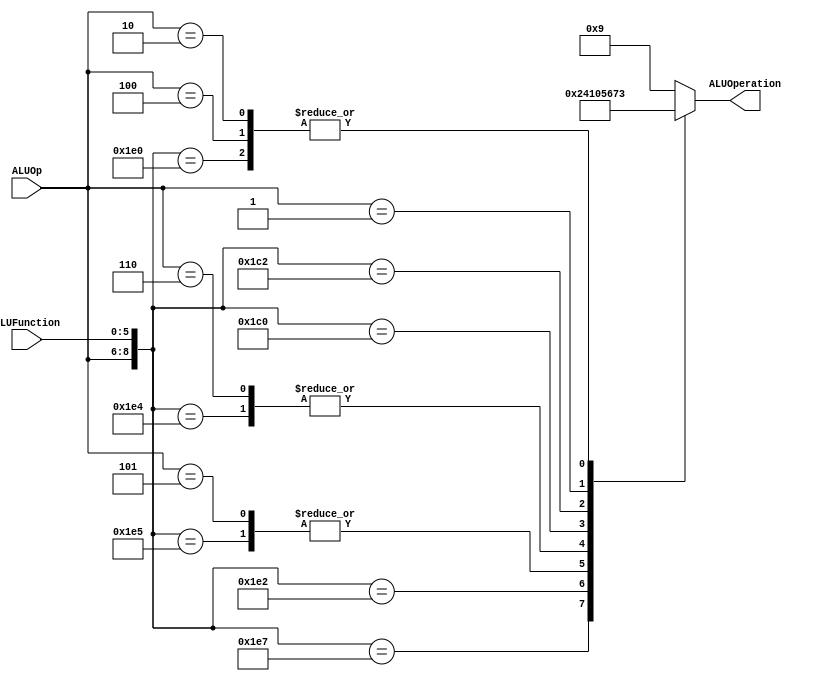
/******************************************************************
* Description
*	This is the control unit for the ALU. It receves an signal called 
*	ALUOp from the control unit and a signal called ALUFunction from
*	the intrctuion field named function.
* Version:
*	1.0
* Author:
*	Dr. Jos Luis Pizano Escalante
* email:
*	luispizano@iteso.mx
* Date:
*	01/03/2014
******************************************************************/
module ALUControl
(
	input [2:0] ALUOp,
	input [5:0] ALUFunction,
	output [3:0] ALUOperation

);

localparam R_Type_AND	= 9'b111_100100;			//Definir un tipo para cada operacione
localparam R_Type_OR		= 9'b111_100101;
localparam R_Type_NOR	= 9'b111_100111;
localparam R_Type_ADD	= 9'b111_100000;
localparam R_Type_SUB	= 9'b111_100010;
localparam I_Type_ADDI	= 9'b100_xxxxxx;
localparam I_Type_ORI	= 9'b101_xxxxxx;
localparam I_Type_ANDI	= 9'b110_xxxxxx;
localparam R_Type_SLL	= 9'b111_000000;
localparam R_Type_SRL	= 9'b111_000010;
localparam I_Type_LUI	= 9'b001_xxxxxx;
localparam I_Type_LW		= 9'b010_xxxxxx;
localparam I_Type_SW		= 9'b010_xxxxxx;
localparam J_Type_J		= 9'b000_xxxxxx;


reg [3:0] ALUControlValues;
wire [8:0] Selector;

assign Selector = {ALUOp, ALUFunction};

always@(Selector)begin
	casex(Selector)
		R_Type_AND:    ALUControlValues = 4'b0000;		//Definir una operacion especifica de acuerdo al tipo
		R_Type_OR: 		ALUControlValues = 4'b0001;
		R_Type_NOR: 	ALUControlValues = 4'b0010;
		R_Type_ADD: 	ALUControlValues = 4'b0011;
		R_Type_SUB: 	ALUControlValues = 4'b0100;
		I_Type_ADDI: 	ALUControlValues = 4'b0011;
		I_Type_ORI: 	ALUControlValues = 4'b0001;
		I_Type_ANDI: 	ALUControlValues = 4'b0000;
		R_Type_SLL:    ALUControlValues = 4'b0101;
		R_Type_SRL:    ALUControlValues = 4'b0110;
		I_Type_LUI: 	ALUControlValues = 4'b0111;
		I_Type_LW:		ALUControlValues = 4'b0011;
		I_Type_SW:		ALUControlValues = 4'b0011;
		J_Type_J:		ALUControlValues = 4'b1001;
		
		default: ALUControlValues = 4'b1001;
	endcase
end


assign ALUOperation = ALUControlValues;

endmodule
//alucontrol//